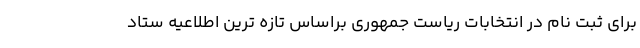
برای ثبت نام در انتخابات ریاست جمهوری براساس تازه ترین اطلاعیه ستاد